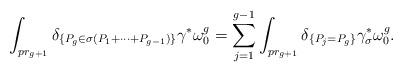
LaTeX: \begin{align*}\int_{pr_{g+1}}\delta_{\lbrace P_g\in\sigma(P_1+\dots+P_{g-1})\rbrace}\gamma^*\omega_0^{g}=\sum_{j=1}^{g-1}\int_{pr_{g+1}}\delta_{\lbrace P_j=P_g\rbrace} \gamma_{\sigma}^*\omega_0^g.\end{align*}